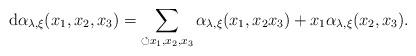
LaTeX: \begin{align*}\mathrm{d}\alpha_{\lambda,\xi}(x_1,x_2,x_3)=\sum_{\circlearrowleft x_1,x_2,x_3}\alpha_{\lambda,\xi}(x_1,x_2 x_3)+x_1\alpha_{\lambda,\xi}(x_2,x_3).\end{align*}